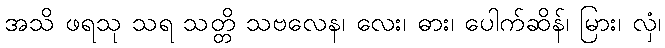
အသိ ဖရသု သရ သတ္တိ သဗလေန၊ လေး၊ ဓား၊ ပေါက်ဆိန်၊ မြား၊ လှံ၊